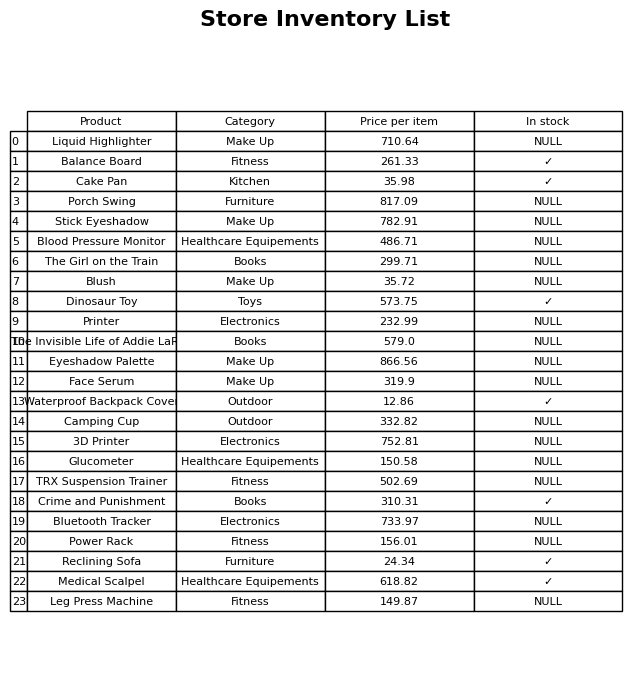
question: What is the stock status of the Reclining Sofa?
answer: ✓